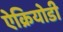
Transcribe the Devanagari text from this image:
ऐक्रियोडी